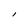
Character: l